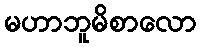
မဟာဘူမိစာလော